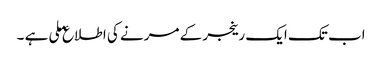
اب تک ایک رینجر کے مرنے کی اطلاع ملی ہے ۔